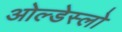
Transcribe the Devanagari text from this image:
ओल्डेस्लो